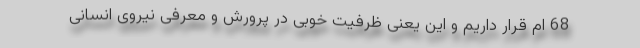
68 ام قرار داریم و این یعنی ظرفیت خوبی در پرورش و معرفی نیروی انسانی